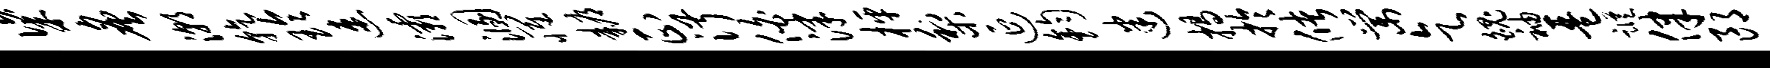
粢炙潮乾玲速灞溷罹耨正淑伯津枰梨延钧迷揭於储棠乞魄袖琶踪律郎